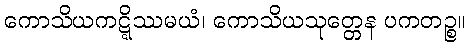
ကောသိယကဋ္ဋိဿမယံ၊ ကောသိယသုတ္တေန ပကတဉ္စ။